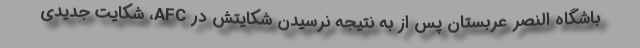
باشگاه النصر عربستان پس از به نتیجه نرسیدن شکایتش در AFC، شکایت جدیدی